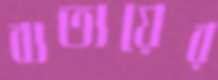
ব্যত্যয়ের